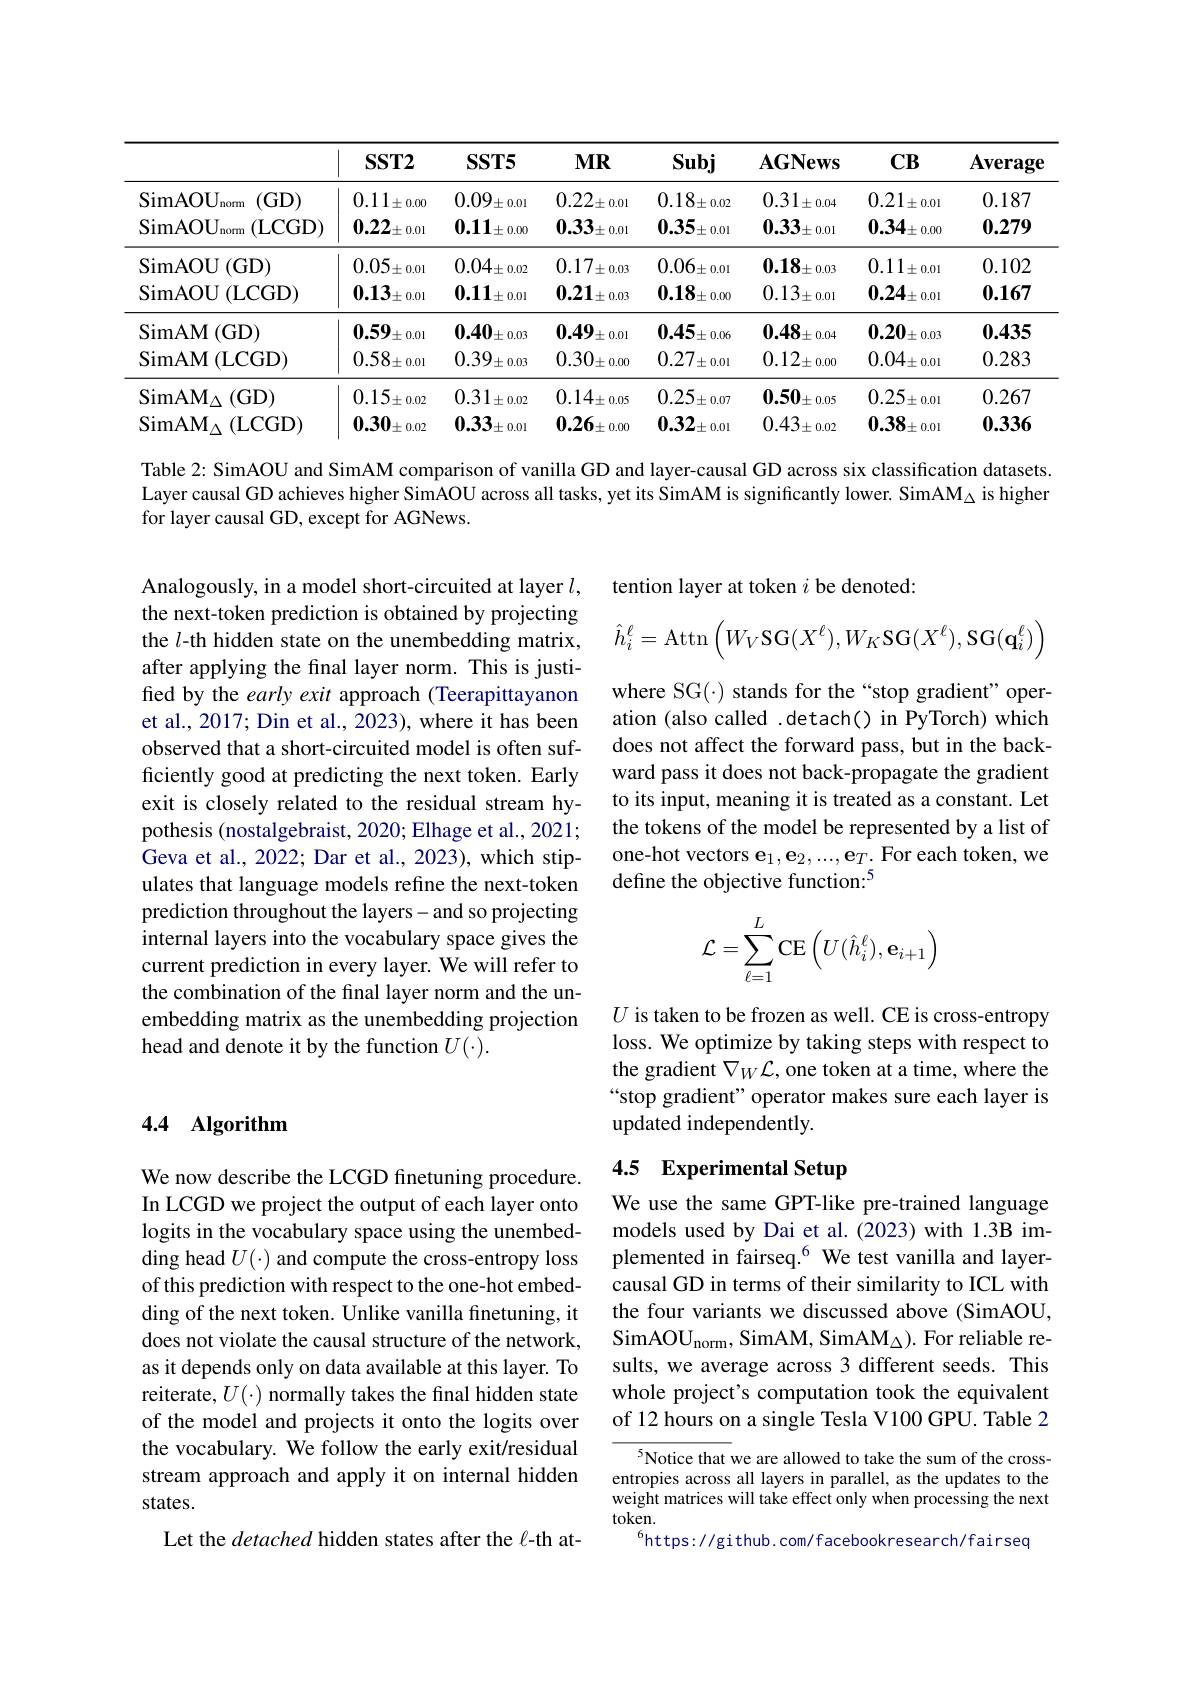
<table>
	<tbody>
		<tr>
			<th> </th>
			<th>$SST2$</th>
			<th>$SST5$</th>
			<th>$MIR$</th>
			<th>Subj</th>
			<th>$\mathbf{AGNews}$</th>
			<th>$\mathbf{CB}$</th>
			<th>$\mathbf{Average}$</th>
		</tr>
		<tr>
			<td>$\mathrm{SimAOU}_{\mathrm{norm}}$ (GD) $\mathrm{SimAOU}_{\mathrm{norm}}$ (LCGD)</td>
			<td>$0.11_{\pm0.00}$ $\mathbf{0.22}_{\pm0.01}$</td>
			<td>0.09. $^{\prime}\pm0.01$ $0.11_{\pm0.00}$</td>
			<td>$0.22_{\pm0.01}$ $\mathbf{0.33}_{\pm0.01}$</td>
			<td>$0.18_{\pm0.02}$ $0.35_{\pm0.01}$</td>
			<td>$0.31\pm0.04$ $0.33_{\pm0.01}$</td>
			<td>$0.21_{\pm0.01}$ $\mathbf{0.34}_{\pm0.00}$</td>
			<td>0.187 0.279</td>
		</tr>
		<tr>
			<td>$\operatorname{SimAOU}\left(\mathrm{GD}\right)$ SimAOU ( LCGD) </td>
			<td>$0.05_{\pm0.01}$ $\mathbf{0.13}_{\pm0.01}$</td>
			<td>$0.04_{\pm0.02}$ $\mathbf{0.11}_{\pm0.01}$</td>
			<td>$0.17_{\pm0.03}$ $\mathbf{0.21}_{\pm0.03}$</td>
			<td>$0.06_{\pm0.01}$ $0.18_{\pm0.00}$</td>
			<td>$0.18_{\pm0.03}$ $0.13_{\pm0.01}$</td>
			<td>$0.11_{\pm0.01}$ $\mathbf{0.24}_{\pm0.01}$</td>
			<td>0.102 0.167</td>
		</tr>
		<tr>
			<td>$\operatorname{SimAM}\left(\mathrm{GD}\right)$ SimAM ${\mathrm{I}}\left(\mathrm{LCGD}\right)$</td>
			<td>$0.59_{\pm0.01}$ 7 $0.58_{\pm0.01}$</td>
			<td>$0.40_{\pm0.03}$ $0.39_{\pm0.03}$</td>
			<td>$0.49_{\pm0.01}$ $0.30_{\pm0.00}$</td>
			<td>0.45 $\dot{\boldsymbol{r}}\pm0.06$ $0.27_{\pm0.01}$</td>
			<td>$0.48_{\pm0.04}$ $0.12_{\pm0.00}$</td>
			<td>$0.20_{\pm0.03}$ $0.04_{\pm0.01}$</td>
			<td>0.435 0.283</td>
		</tr>
		<tr>
			<td>$\mathrm{SimAM}_{\Delta}\left(\mathrm{GD}\right)$ $\mathrm{SimAM}_{\triangle }($LCGD)</td>
			<td>$0.15_{\pm0.02}$ $\mathbf{0.30}_{\pm0.02}$</td>
			<td>$0.31_{\pm0.02}$ $0.33_{\pm0.01}$</td>
			<td>$0.14_{\pm0.05}$ $\mathbf{0.26}_{\pm0.00}$</td>
			<td>$0.25_{\pm0.07}$ $0.32_{\pm0.01}$</td>
			<td>$0.50_{\pm0.05}$ $0.43_{\pm0.02}$</td>
			<td>$0.25_{\pm0.01}$ $\mathbf{0.38}_{\pm0.01}$</td>
			<td>0.267 0.336</td>
		</tr>
		<tr>
			<td>$\mathrm{SimAM}_{\wedge }($LCGD)</td>
			<td>0.30 $1\pm0.02$</td>
			<td>0.33 $\because\pm0.01$</td>
			<td>0.26 $0\pm0.00$</td>
			<td>0.32 $2\pm$ $\vDash0.01$</td>
			<td>$0.43_{\pm0.02}$</td>
			<td>0.38 $i\pm0.01$</td>
			<td>0.336</td>
		</tr>
	</tbody>
</table>

Table 2: SimAOU and SimAM comparison of vanilla GD and layer-causal GD across six classification datasets. Layer causal GD achieves higher SimAOU across all tasks, yet its SimAM is significantly lower. SimAM$_\mathrm{\Delta}$ is higher for layer causal GD, except for AGNews.

tention layer at token $i$ be denoted:

$\hat{h}_{i}^{\ell}=$Attn$\left(W_V\mathrm{SG}(X^{\ell}),W_{K}\mathrm{SG}(X^{\ell}),\mathrm{SG}(\mathbf{q}_{i}^{\ell})\right)$

where SG(·) stands for the“stop gradient” operation (also called .detach() in PyTorch) which does not affect the forward pass, but in the backward pass it does not back-propagate the gradient to its input, meaning it is treated as a constant. Let the tokens of the model be represented by a list of one-hot vectors e$_1,\mathbf{e}_2,...,\mathbf{e}_T.$ For each token, we define the objective function:$^{5}$

Analogously, in a model short-circuited at layer $l$, the next-token prediction is obtained by projecting the $l$-th hidden state on the unembedding matrix, after applying the final layer norm. This is justified by the early exit approach (Teerapittayanon et al., 2017; Din et al., 2023), where it has been observed that a short-circuited model is often sufficiently good at predicting the next token. Early exit is closely related to the residual stream hypothesis (nostalgebraist, 2020; Elhage et al., 2021; Geva et al., 2022; Dar et al., 2023), which stipulates that language models refine the next-token prediction throughout the layers-and so projecting internal layers into the vocabulary space gives the current prediction in every layer. We will refer to the combination of the final layer norm and the unembedding matrix as the unembedding projection head and denote it by the function $U(\cdot).$
$$\mathcal{L}=\sum\limits_{\ell=1}^L\mathrm{CE}\left(U(\hat{h}_i^\ell),\mathbf{e}_{i+1}\right)$$
$U$ is taken to be frozen as well. CE is cross-entropy loss. We optimize by taking steps with respect to the gradient $\nabla_W\mathcal{L}$, one token at a time, where the “stop gradient" operator makes sure each layer is updated independently.

## 4.4 Algorithm

## 4.5 Experimental Setup

We use the same GPT-like pre-trained language models used by Dai et al.(2023) with 1.3B im-
ding head $U(\cdot)$ and compute the cross-entropy loss plemented in fairseq.$^{6}$ We test vanilla and layer-
causal GD in terms of their similarity to ICL with the four variants we discussed above (SimAOU, $\mathrm{SimAOU}_{\mathrm{norm}}$,SimAM, SimAM$_\Delta).$ For reliable results, we average across 3 different seeds. This whole project's computation took the equivalent of 12 hours on a single Tesla V100 GPU. Table 2

We now describe the LCGD finetuning procedure. In LCGD we project the output of each layer onto logits in the vocabulary space using the unembedof this prediction with respect to the one-hot embedding of the next token. Unlike vanilla finetuning, it does not violate the causal structure of the network, as it depends only on data available at this layer. To reiterate, $U(\cdot)$ normally takes the final hidden state of the model and projects it onto the logits over the vocabulary. We follow the early exit/residual stream approach and apply it on internal hidden states.
Let the detached hidden states after the l-th at-

$^{5}$Notice that we are allowed to take the sum of the crossentropies across all layers in parallel, as the updates to the weight matrices will take effect only when processing the next token.
$^{6}$https://github.com/facebookresearch/fairseq